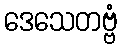
ဒေသေတဗ္ဗံ